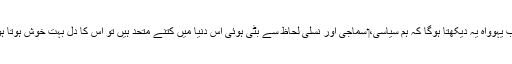
‏ جب یہوواہ یہ دیکھتا ہوگا کہ ہم سیاسی،‏ سماجی اور نسلی لحاظ سے بٹی ہوئی اِس دُنیا میں کتنے متحد ہیں تو اُس کا دل بہت خوش ہوتا ہوگا۔